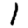
Digit: 1